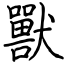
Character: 獸